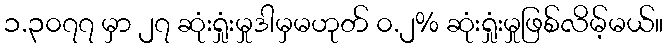
၁.၃၀၇၇ မှာ ၂၇ ဆုံးရှုံးမှုဒါမှမဟုတ် ၀.၂% ဆုံးရှုံးမှုဖြစ်လိမ့်မယ်။